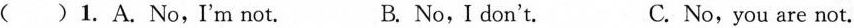
( ) 1.A.No,I'm not. B. No,I don't. C. No,you are not.